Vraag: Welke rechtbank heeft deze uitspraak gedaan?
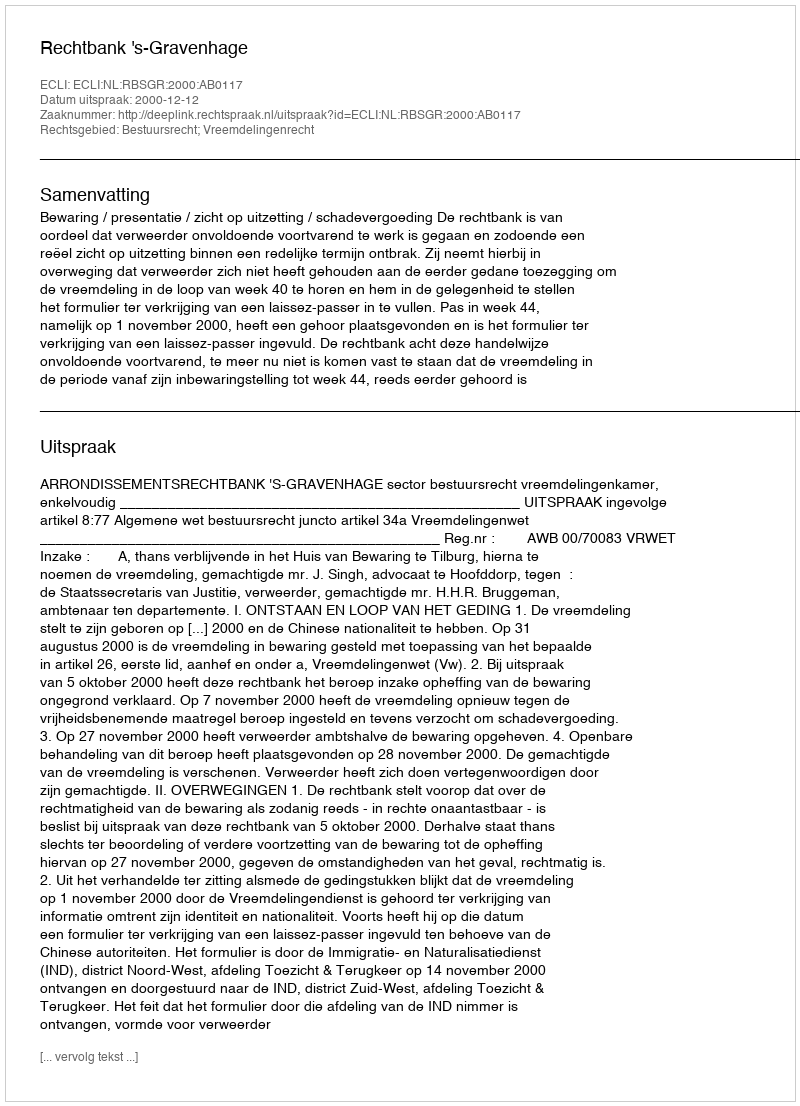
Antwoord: Rechtbank 's-Gravenhage